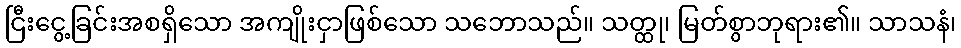
ငြီးငွေ့ခြင်းအစရှိသော အကျိုးငှာဖြစ်သော သဘောသည်။ သတ္ထု၊ မြတ်စွာဘုရား၏။ သာသနံ၊